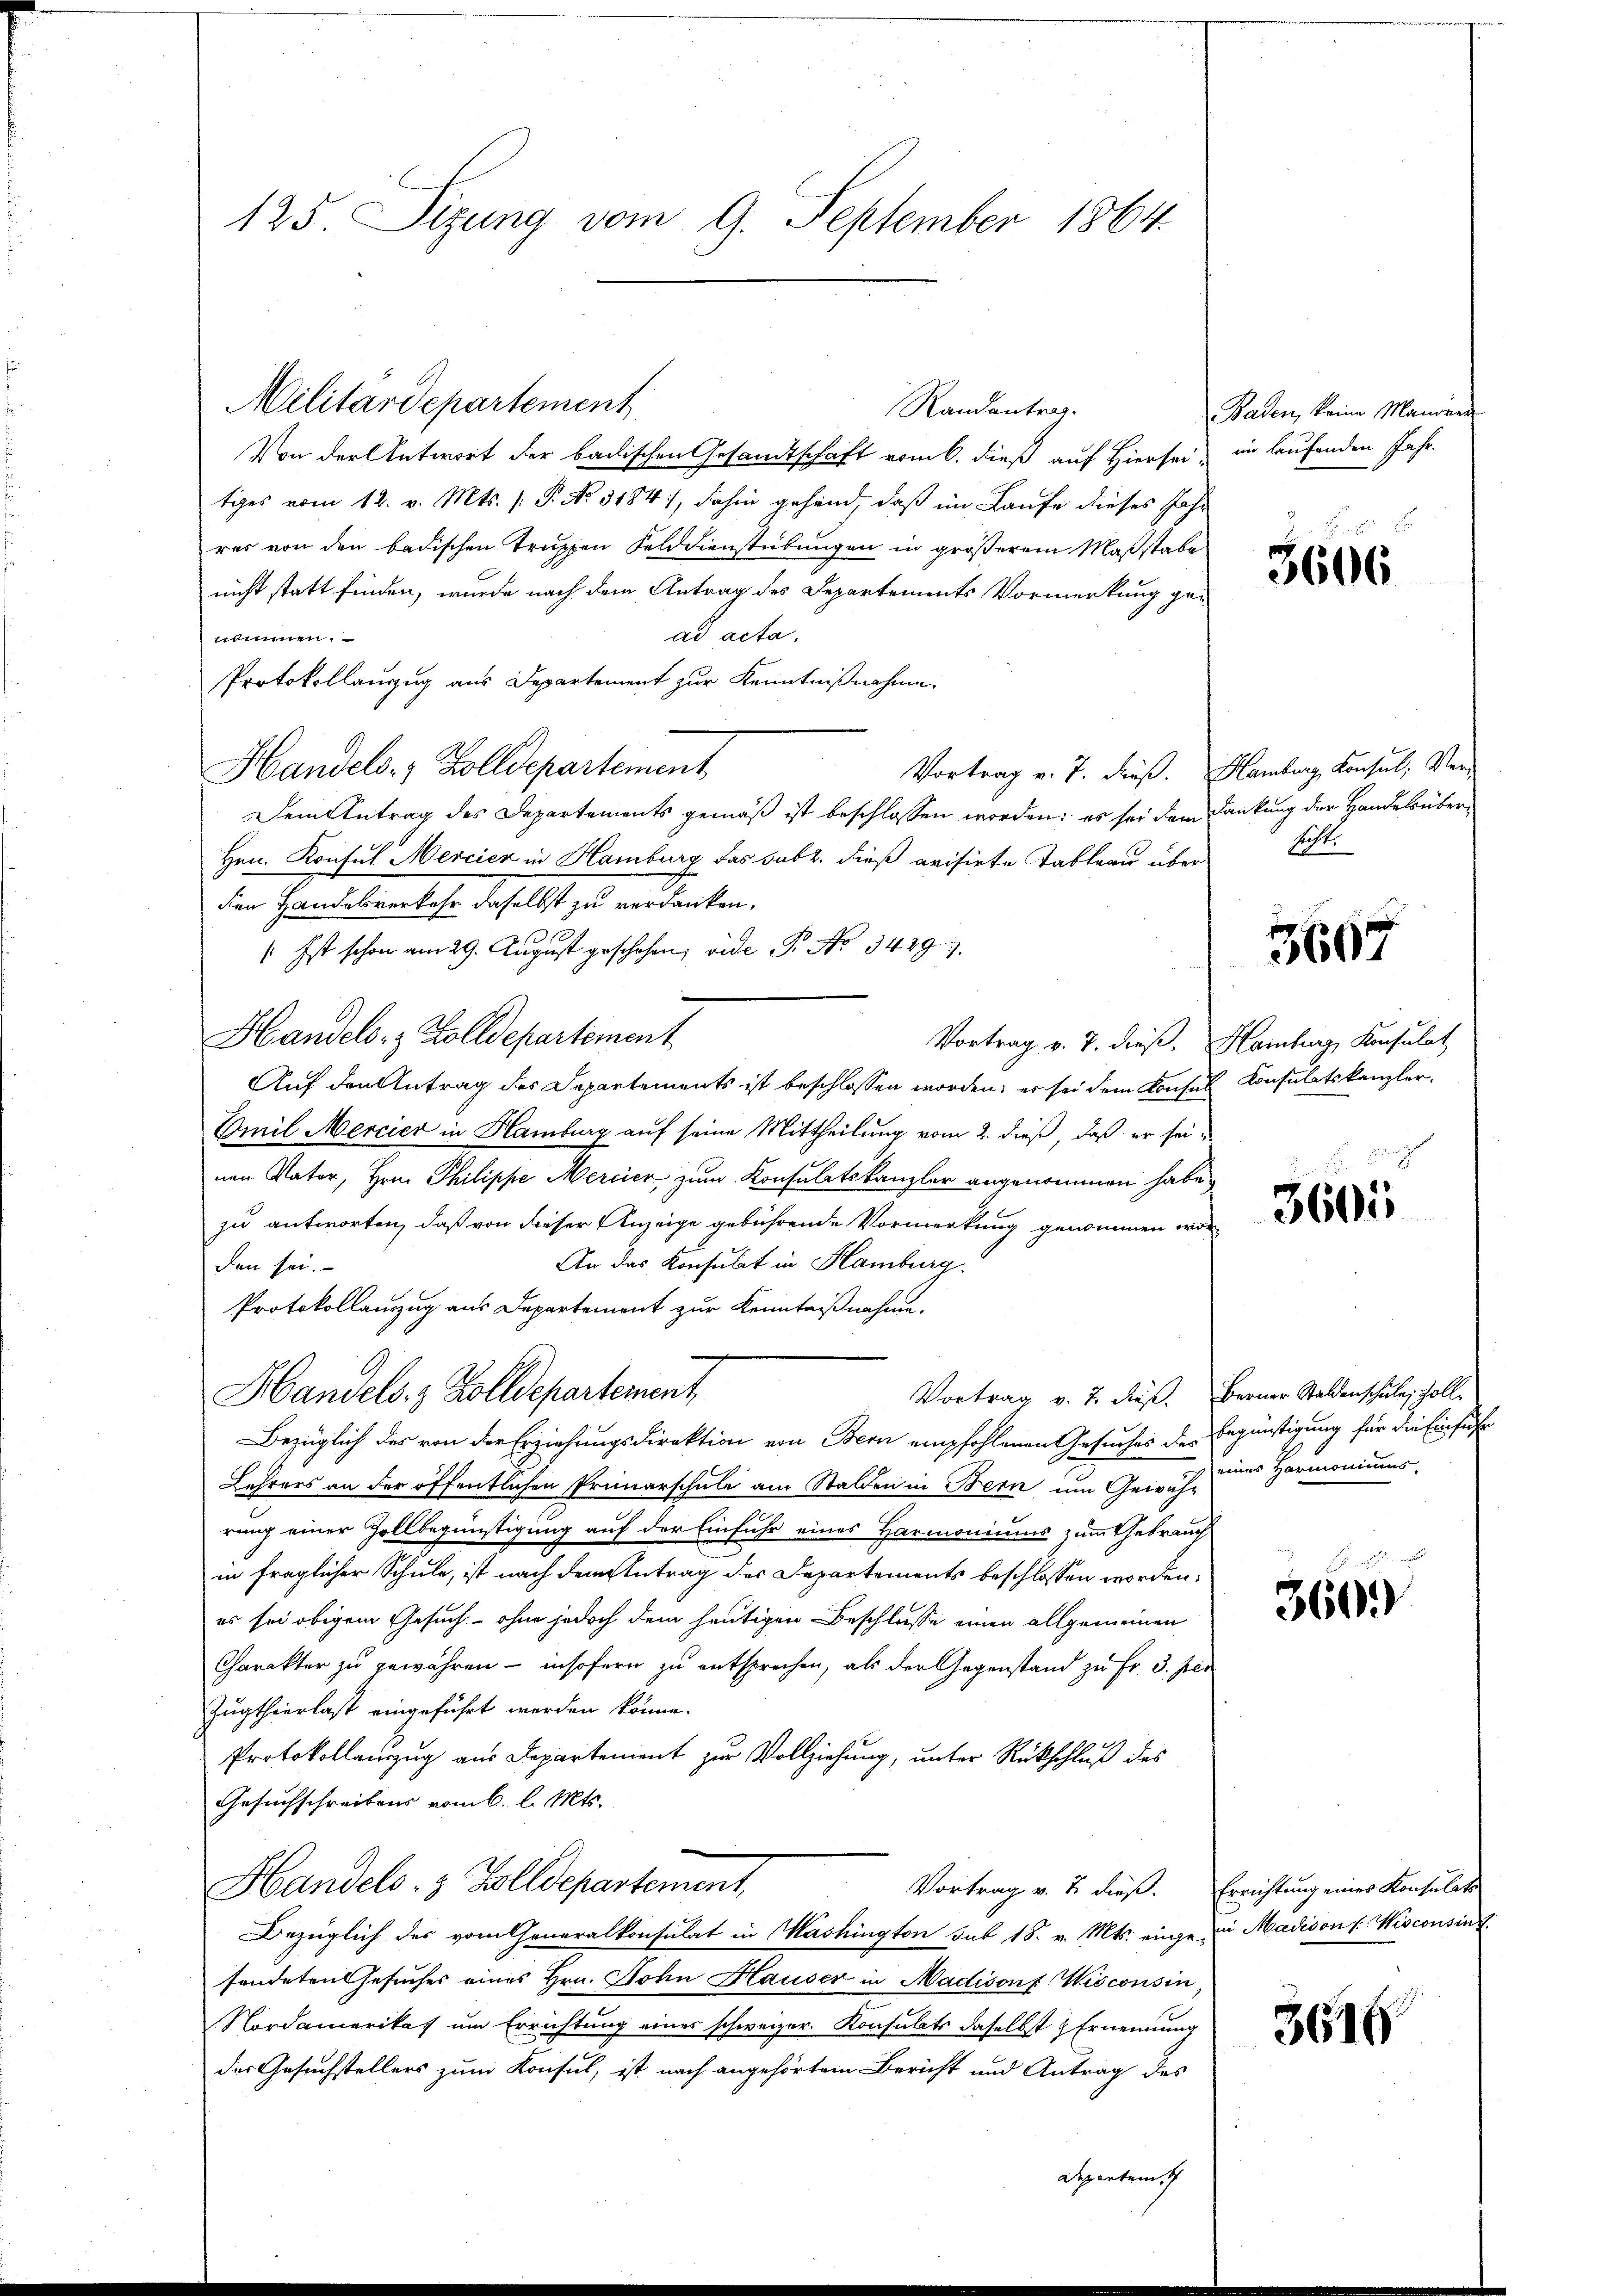
125. Sizung vom 9. September 1864

Randantrag.
Von der Antwort der badischen Gesandtschaft vom 6. dieß auf Hiersei, in laufenden Jahr
tiges vom 12. v. Mts. (: P. Nr. 3184), dahin gehand, daß im Laufe dieses Jahr
res von den badischen Truppen Felddienstübungen in größerem Maßstabe
nicht statt finden, wurde nach dem Antrag des Departements Vormerkung gead acta.
nommen.
Protokollauzug aus Departement zur Kenntnißnahme.
Handels- & Zolldepartement
Vortrag v. J. dieß.
Dem Antrag des Departements gemäß ist beschlossen worden; es sei dem
Hrn. Konsul Mercier in Hamburg das subt. dieß avisirte Tableau über
den Handelsverkehr daselbst zu verdanken.
1
10
/: Ist schon am 29. Aŭgŭst geschehen; vide P. Nr. 3429.
Handels- & Zolldepartement
Vortrag v. 7. dieß,
Auf den Antrag des Departements ist beschlossen worden; er sei dem Konsul Konsulatskanzler,
Emil Mercier in Hamburg auf seine Mittheilung vom 2. dieß, daß er sei-
nen Nator, Herr Philippe Mercier, zum Konsulatskanzler angenommen habe
zu antworten, daß von dieser Anzeige gebührende Vormerkung genommen wor¬
An das Konsulat in Hamburg.
den sei.
Protokollauszug aus Departement zur Kenntnißnahme.
Handels- & Zolldepartement
Vortrag v. 7. dies
Bezüglich des von der Erziehungsdirektion von Bern empfohlenen Gesuches des
Lehrers an der öffentlichen Primarschule am Stalden in Bern um Gewährung einer Zollbegünstigung auf der Einfuhr eines Harmoniums zum Gebrauch
in fraglicher Schule, ist nach dem Antrag des Departements beschlossen worden.
es sei obigem Gesuch, - ohne jedoch dem heutigen Beschlusse einen allgemeinen
Charakter zu gewähren - insofern zu entsprechen, als der Gegenstand zu Fr. 3. per
Zugthierlast eingeführt werden könne.
Protokollanzug aus Departement zur Vollziehung, unter Rückschluß des
Gesuchschreibens vom 6. l. Mts.
Handels- & Zolldepartement,
Vortrag v. 2. dieß.
Bezüglich des vom Cheneralkonsulat in Mashington sub 18. v. Mts. einge-
sondeten Gesuches eines Hrn. Sohn Hauser in Madison f. Wisconsin
Nordamerikas um Errichtung eines schweizer. Konsulats daselbst & Ernennung
des Gesuchstellers zum Konsul, ist nach angehörtem Bericht und Antrag des
Departem

Militärdepartement

Baden, keine Manöver

3606

Hamburg, Konsul, Verdankung der Handelsüberhicht.

3667

Hamburg, Konsulat

3605

Berner Staldenschule, soll
Engünstigung für die Einsicht
eines Harmoniums

3600

Errichtung eines Konsulats
in Madison (Kisconsint

3616